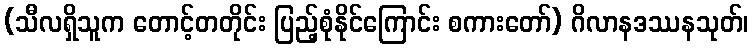
(သီလရှိသူက တောင့်တတိုင်း ပြည့်စုံနိုင်ကြောင်း စကားတော်) ဂိလာနဒဿနသုတ်၊